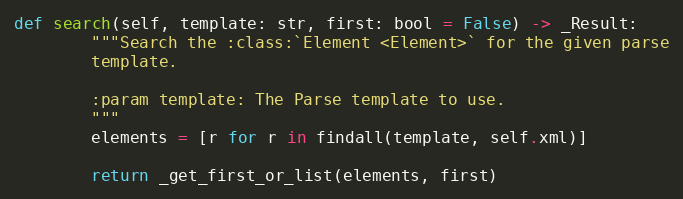
Language: Python
def search(self, template: str, first: bool = False) -> _Result:
        """Search the :class:`Element <Element>` for the given parse
        template.

        :param template: The Parse template to use.
        """
        elements = [r for r in findall(template, self.xml)]

        return _get_first_or_list(elements, first)